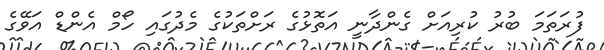
ފުރަތަމަ ބުރު ކުރިއަށް ގެންދާނީ އަތޮޅުގެ ރަށްތަކުގެ މެދުގައި ހޯމް އެންޑް އަވޭގެ